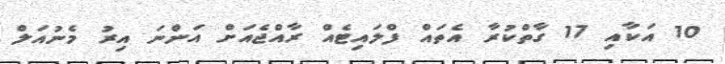
10 އަކާއި 17 ގާތްކުރާ އެތައް ފްލައިޓެއް ރާއްޖެއަށް އަންނަ އިރު މެނުއަލް